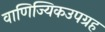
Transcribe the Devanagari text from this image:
वाणिज्यिकउपग्रह